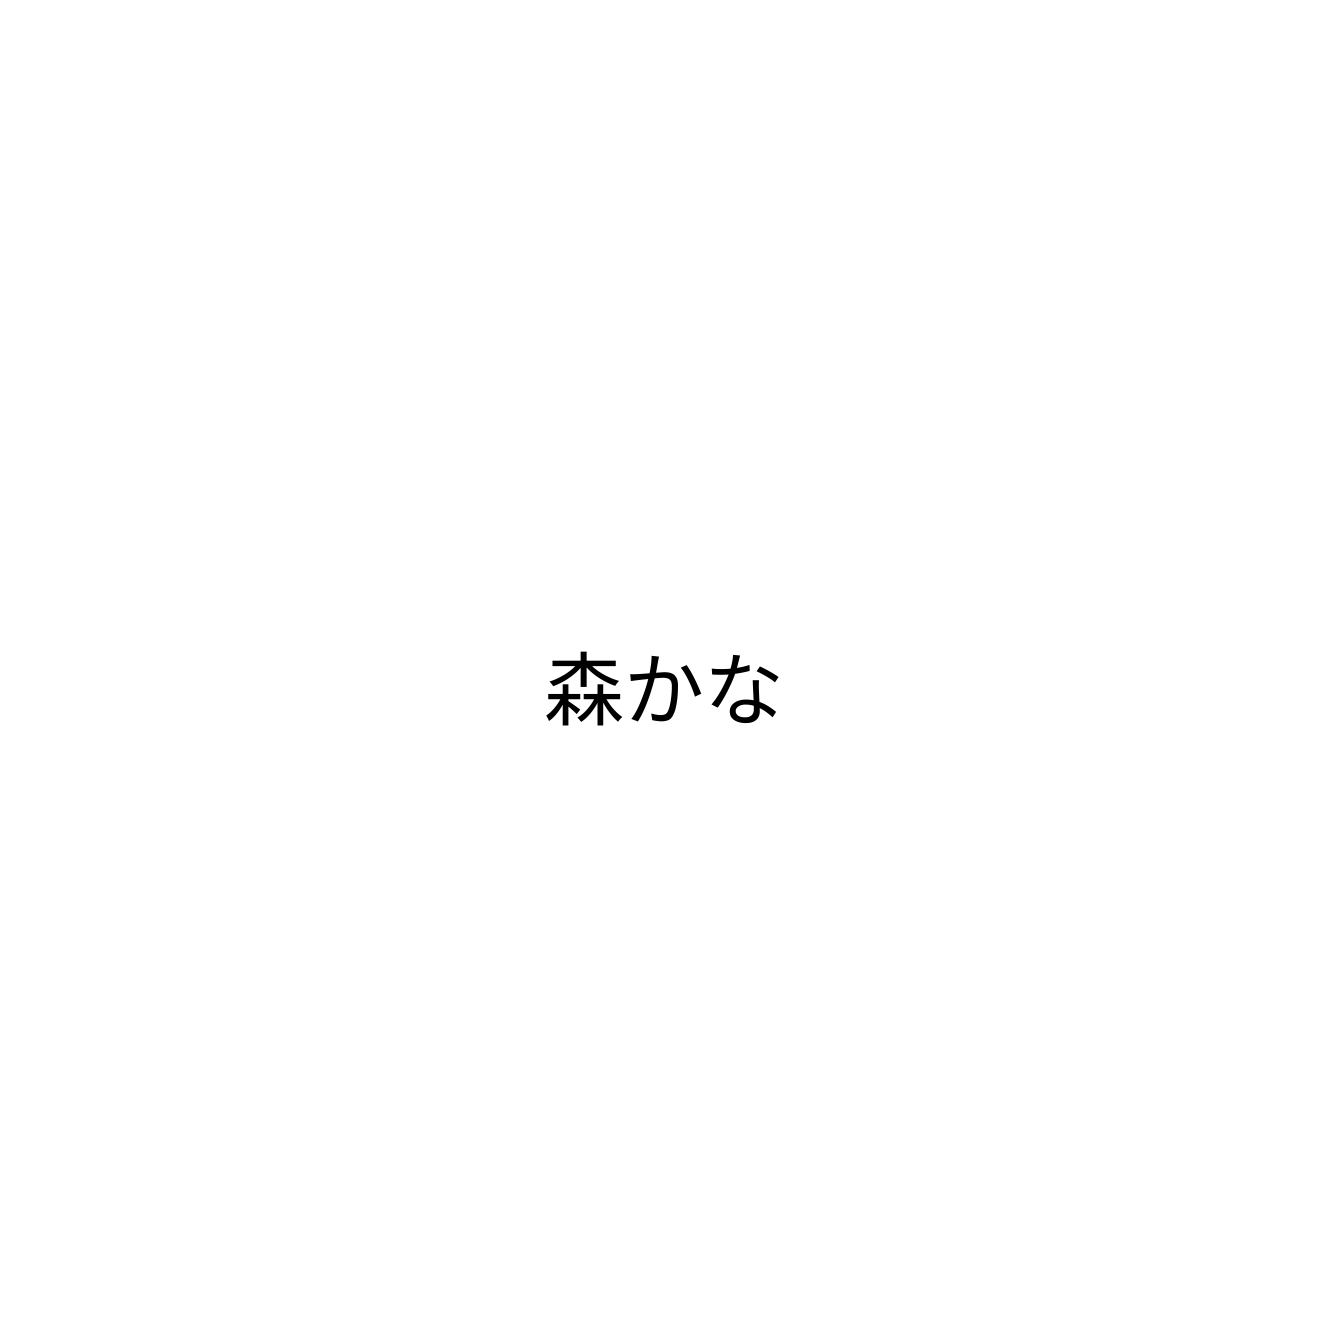
森かな